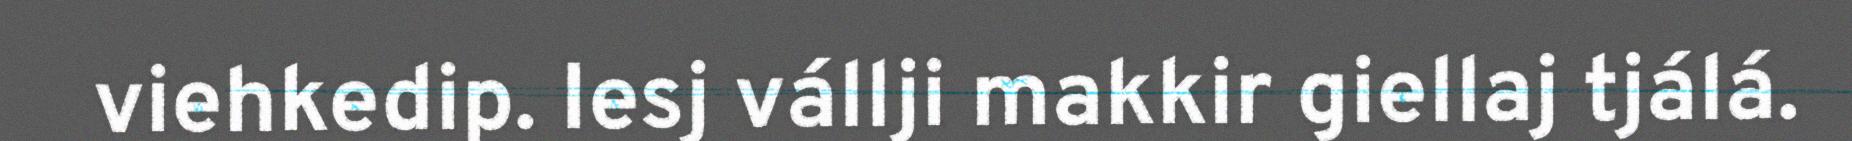
viehkedip. Iesj vállji makkir giellaj tjálá.